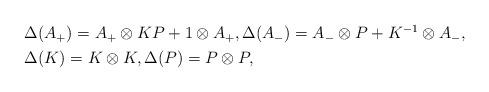
LaTeX: \begin{align*}\begin{aligned} &\Delta(A_{+})=A_{+}\otimes KP+1\otimes A_{+},\Delta(A_{-})=A_{-}\otimes P+K^{-1}\otimes A_{-}, \\ &\Delta(K)=K\otimes K,\Delta(P)=P\otimes P,\end{aligned} \end{align*}